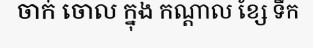
ចាក់ ចោល ក្នុង កណ្តាល ខ្សែ ទឹក